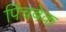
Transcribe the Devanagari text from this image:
पिंचबेक